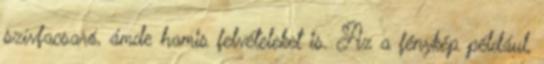
szívfacsaró, ámde hamis felvételeket is. Az a fénykép például,